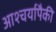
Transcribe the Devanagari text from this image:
आश्चर्यापैकी